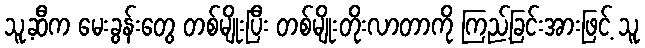
သူ့ဆီက မေးခွန်းတွေ တစ်မျိုးပြီး တစ်မျိုးတိုးလာတာကို ကြည့်ခြင်းအားဖြင့် သူ